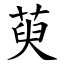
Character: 萸